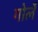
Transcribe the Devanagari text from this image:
गोर्ले